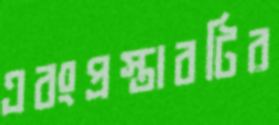
এবংপ্রস্তাবটির